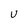
Character: u